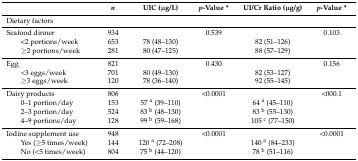
|  | n | UIC (μg/L) | p-Value * | UI/Cr Ratio (μg/g) | p-Value * |
 | --- | --- | --- | --- | --- | --- |
 | Dietary factors |  |  |  |  |  |
 | Seafood dinner | 934 |  | 0.539 |  | 0.103 |
 | <2 portions/week | 653 | 78 (48–130) |  | 82 (51–126) |  |
 | ≥2 portions/week | 281 | 80 (47–125) |  | 88 (57–129) |  |
 | Egg | 821 |  | 0.430 |  | 0.156 |
 | <3 eggs/week | 701 | 80 (49–130) |  | 82 (53–127) |  |
 | ≥3 eggs/week | 120 | 78 (36–140) |  | 92 (55–145) |  |
 | Dairy products | 806 |  | <0.0001 |  | <000.1 |
 | 0–1 portion/day | 153 | 57 a (39–110) |  | 64 a (45–110) |  |
 | 2–3 portion/day | 524 | 83 b (48–130) |  | 83 b (55–130) |  |
 | 4–9 portions/day | 128 | 99 b (59–168) |  | 105 c (77–150) |  |
 | Iodine supplement use | 948 |  | <0.0001 |  | <0.0001 |
 | Yes (≥5 times/week) | 144 | 120 a (72–208) |  | 140 a (84–233) |  |
 | No (<5 times/week) | 804 | 75 b (44–120) |  | 78 b (51–116) |  |